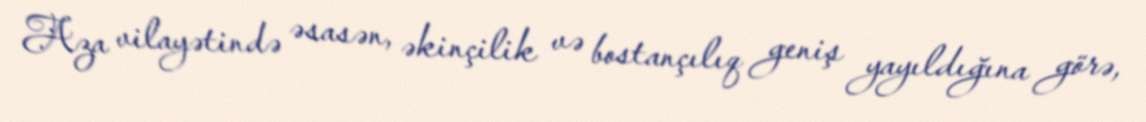
Aza vilayətində əsasən, əkinçilik və bostançılıq geniş yayıldığına görə,